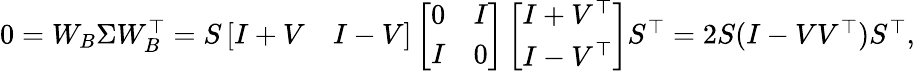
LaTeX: \begin{array}{r}{0=W_{B}\Sigma W_{B}^{\top}=S\left[\begin{array}{ll}{I+V}&{I-V}\end{array}\right]\left[\begin{array}{ll}{0}&{I}\\ {I}&{0}\end{array}\right]\left[\begin{array}{l}{I+V^{\top}}\\ {I-V^{\top}}\end{array}\right]S^{\top}=2S(I-VV^{\top})S^{\top},}\end{array}